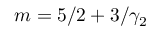
m = 5 / 2 + 3 / \gamma _ { 2 }